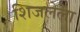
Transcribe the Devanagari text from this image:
शिजलेला